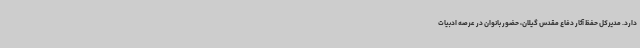
دارد. مدیرکل حفظ آثار دفاع مقدس گیلان، حضور بانوان در عرصه ادبیات